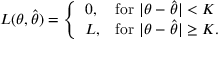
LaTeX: L ( \theta , { \widehat { \theta } } ) = { \left\{ \begin{array} { l l } { 0 , } & { { \mathrm { f o r ~ } } | \theta - { \widehat { \theta } } | < K } \\ { L , } & { { \mathrm { f o r ~ } } | \theta - { \widehat { \theta } } | \geq K . } \end{array} \right. }